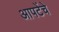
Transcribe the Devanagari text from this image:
आपटेंचे